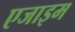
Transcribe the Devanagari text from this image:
एजाइम